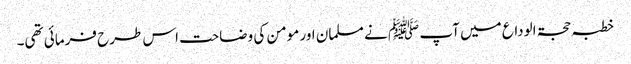
خطبہ حجۃ الوداع میں آپ ﷺ نے مسلمان اور مومن کی وضاحت اس طرح فرمائی تھی۔